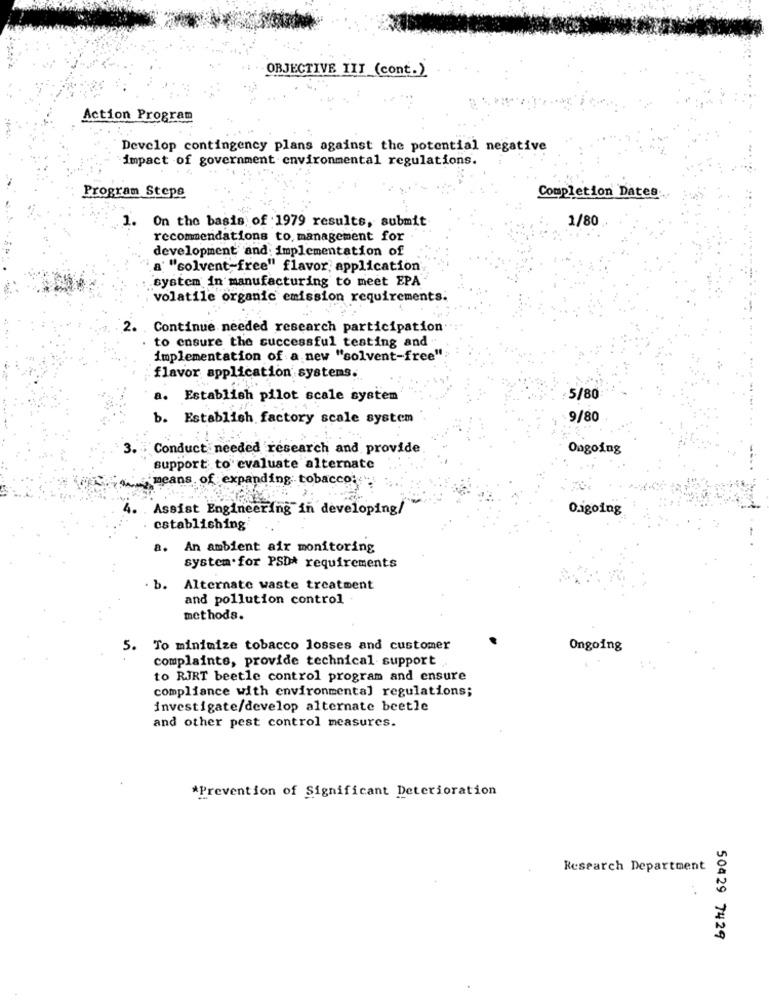
OBJECTIVE III (cont.)
Action Program
Develop contingency plans against the potential negative
impact of government environmental regulations.
Program Stepe
Completion Dates
1/80
1. On the basis of 1979 results, submit
recommendations to, management for
development and: implementation of
a' "solvent-free" flavor; application
system in manufacturing to meet EPA
volatile organic emission requirements.
2. Continue needed research participation
. to ensure the successful testing and
implementation of a new "solvent-free"
flavor application systems.
a.
Establish pilot scale system
5/80
b. Establish factory scale system
9/80
3. Conduct needed research and provide
Ongoing
support to evaluate alternate
means of expanding tobacco:
4. . Assist Engineering in developing/
Oigoing
establishing
a. An ambient air monitoring
system for PSD* requirements
b. Alternate waste treatment
and pollution control
methods.
5.
To minimize tobacco losses and customer
Ongoing
complaints, provide technical support ..
to RJRT beetle control program and ensure
compliance with environmental regulations;
investigate/develop alternate beetle
and other pest control measures.
*Prevention of Significant Deterioration
Research Department
50429 7429